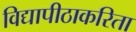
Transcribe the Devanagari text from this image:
विद्यापीठाकरिता